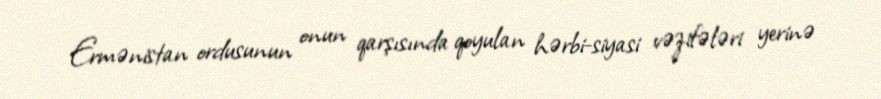
Ermənistan ordusunun onun qarşısında qoyulan hərbi-siyasi vəzifələri yerinə